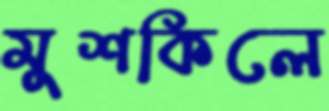
মুশকিলে